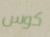
كوس